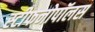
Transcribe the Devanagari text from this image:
स्टीफनोपॉलस